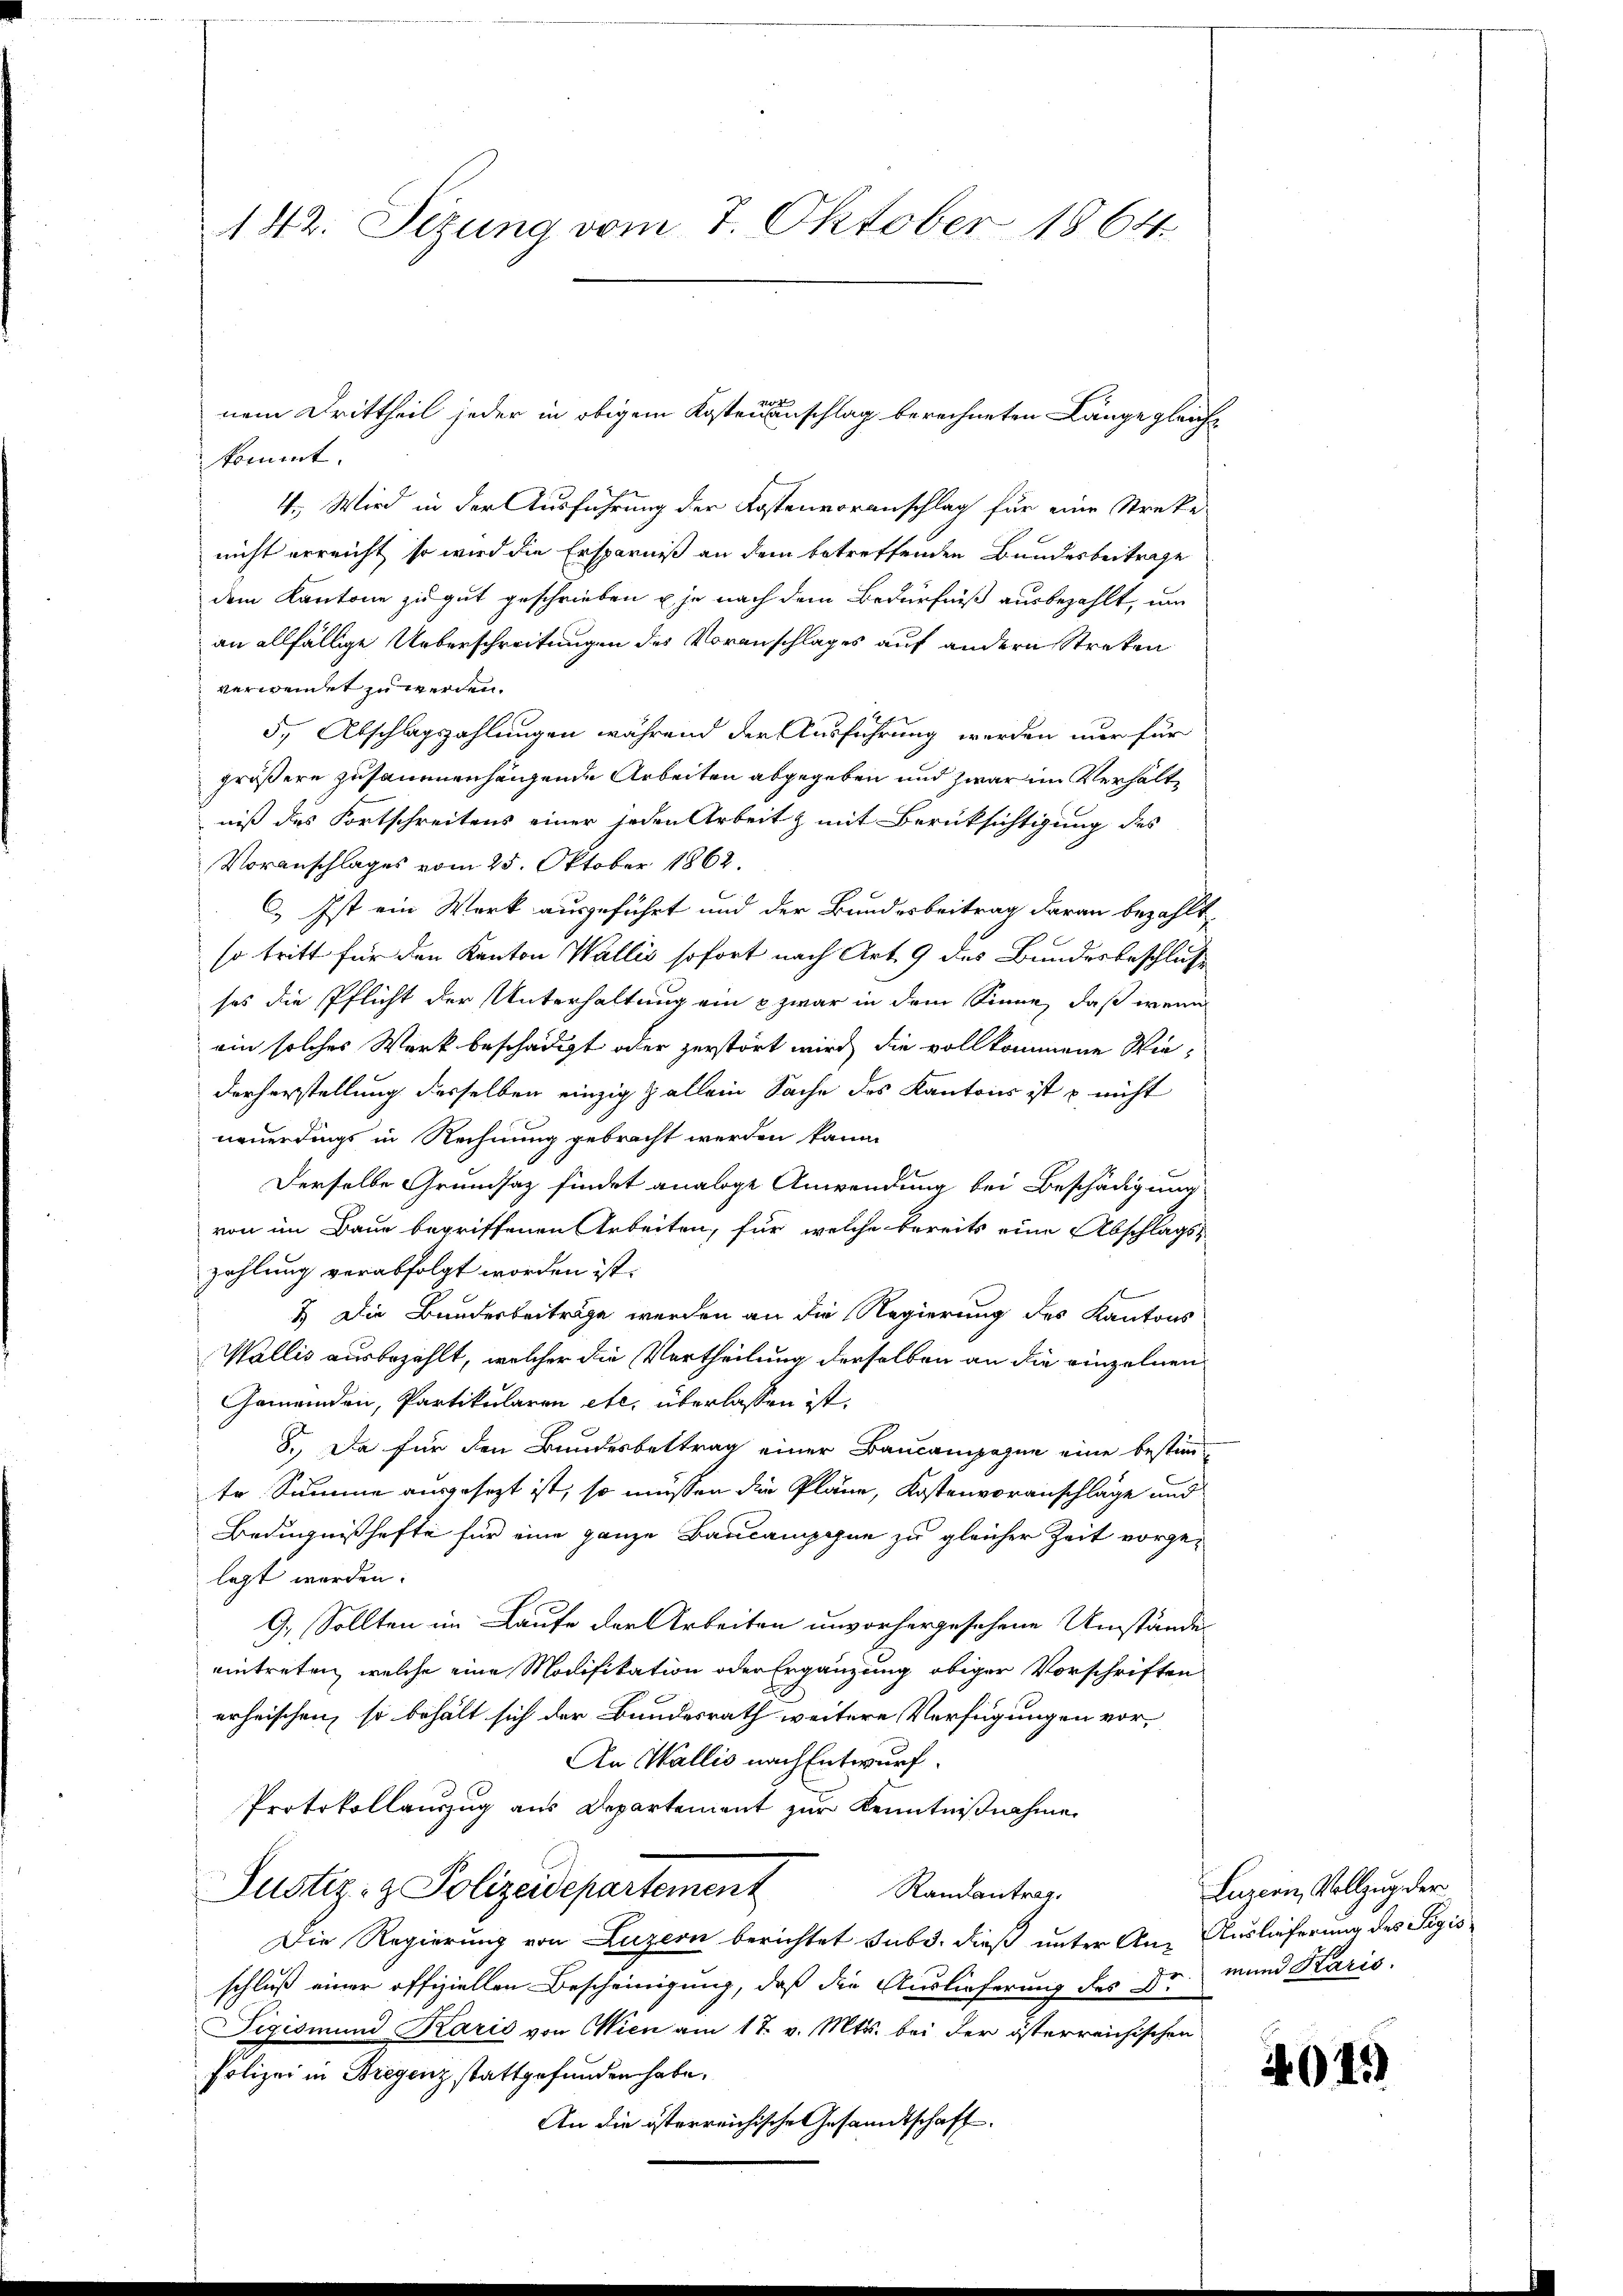
142. Sitzung vom 7. Oktober 1864.

kommt.
4., Wird in der Ausführung der Kostenvoranschlag für eine Streke
nicht erreicht, so wird die Ersparniß an dem betreffenden Bundesbeitrage
dem Kantone zu gut geschrieben u je nach dem Bedürfniß ausbezahlt, um
an allfällige Ueberschreitungen des Voranschlages auf andern Streken
verwendet zu werden.
5, Abschlagszahlungen während der Ausführung werden nur für
größere zusammenhängende Arbeiten abgegeben und zwar im Verhältniß des Fortschreitens einer jeden Arbeit & mit Berücksichtigung des
Voranschlages vom 25. Oktober 1862.
C. Ist ein Werk ausgeführt und der Bundesbeitrag daran bezahlt.
so tritt für den Kanton Wallis sofort nach Art. 9 des Bundesbeschluße
ses die Pflicht der Unterhaltung ein & zwar in dem Sinne, daß wenig
ein solches Werk beschädigt oder zerstört wird, die vollkommene Wiederherstellung desselben einzig & allein Sache des Kantons ist u nicht
neuerdings in Rechnung gebracht werden kann.
Derselbe Grundsaz findet analoge Anwendung bei Beschädigung
von im Baue begriffenen Arbeiten, für welche bereits eine Abschlags-
zahlung verabfolgt worden ist.
2.) Die Banderbeiträge werden an die Regierung des Kantons
Wallis ausbezahlt, welcher die Vertheilung derselben an die einzelnen
Gemeinden, Partikularen etc. überlassen ist.
8., Da für den Bundesbettrag einer Baucampagne eine bestimte Summe ausgesezt ist, so müssen die Pläne, Kostenvoranschläge und
Bedingnißhafte für eine ganze Baucampone zu gleicher Zeit vorgelegt werden.
9. Sollten im Laufe der Arbeiten unvorhergesehene Umstände
eintreten, welche eine Modifikation oder Ergänzung obiger Vorschriften
erheischen, so behält sich der Bundesrath weitere Verfügungen vor¬
An Wallis nach Entwurf.
Protokollauszug aus Departement zur Kenntnißnahme
Justiz- & Polizeidepartement
Randantrag.
Die Regierung von Luzern berichtet sub. dieß unter An- Auslieferung des Sigisschluß einer offiziellen Bescheinigung, daß die Auslieferung des Dr. mund Karis.
Sigismund Karis von Wien am 17. v. Mts. bei der österreichischen
Polizei in Bregenz stattgefunden habe.
An die österreichische Gesandtschaft

nem Drittheil jeder in obigem Kostenanschlag berechneten Länge gleich¬

Lurein, Vollzug der

401)